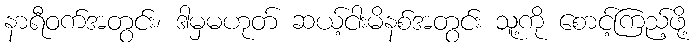
နာရီဝက်အတွင်း၊ ဒါမှမဟုတ် ဆယ့်ငါးမိနစ်အတွင်း သူ့ကို စောင့်ကြည့်ဖို့